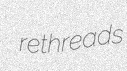
rethreads